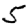
Digit: 5